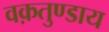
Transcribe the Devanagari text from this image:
वक़तुण्डाय